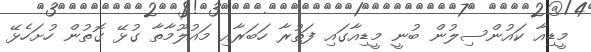
މީޑިއާ ކައުންސިލުން ބުނީ މީޑިއާގައި ފަތުރާ ހަބަރާއި މައުލޫމާތާ ގުޅޭ ގޮތުން ހުށަހެޅޭ